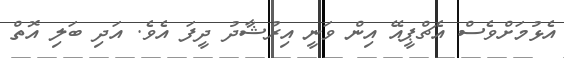
އެޅުމަށްވެސް އެޗްޕީއޭ އިން ވަނީ އިރުޝާދު ދީފަ އެވެ. އަދި ބަލި އޮތް